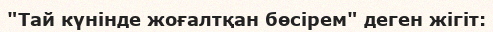
"Тай күнінде жоғалтқан бөсірем" деген жігіт: